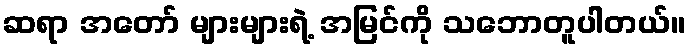
ဆရာ အတော် များများရဲ့ အမြင်ကို သဘောတူပါတယ်။